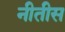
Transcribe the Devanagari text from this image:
नीतीस